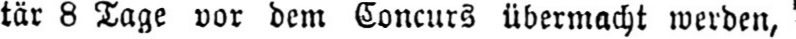
tär 8 Tage vor dem Concurs übermacht werden,